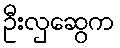
ဦးလှဆွေက